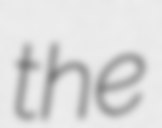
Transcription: the